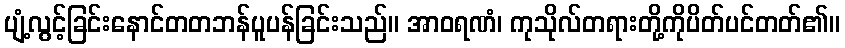
ပျံ့လွင့်ခြင်းနောင်တတဘန်ပူပန်ခြင်းသည်။ အာဝရဏံ၊ ကုသိုလ်တရားတို့ကိုပိတ်ပင်တတ်၏။